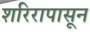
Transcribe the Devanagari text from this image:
शरिरापासून